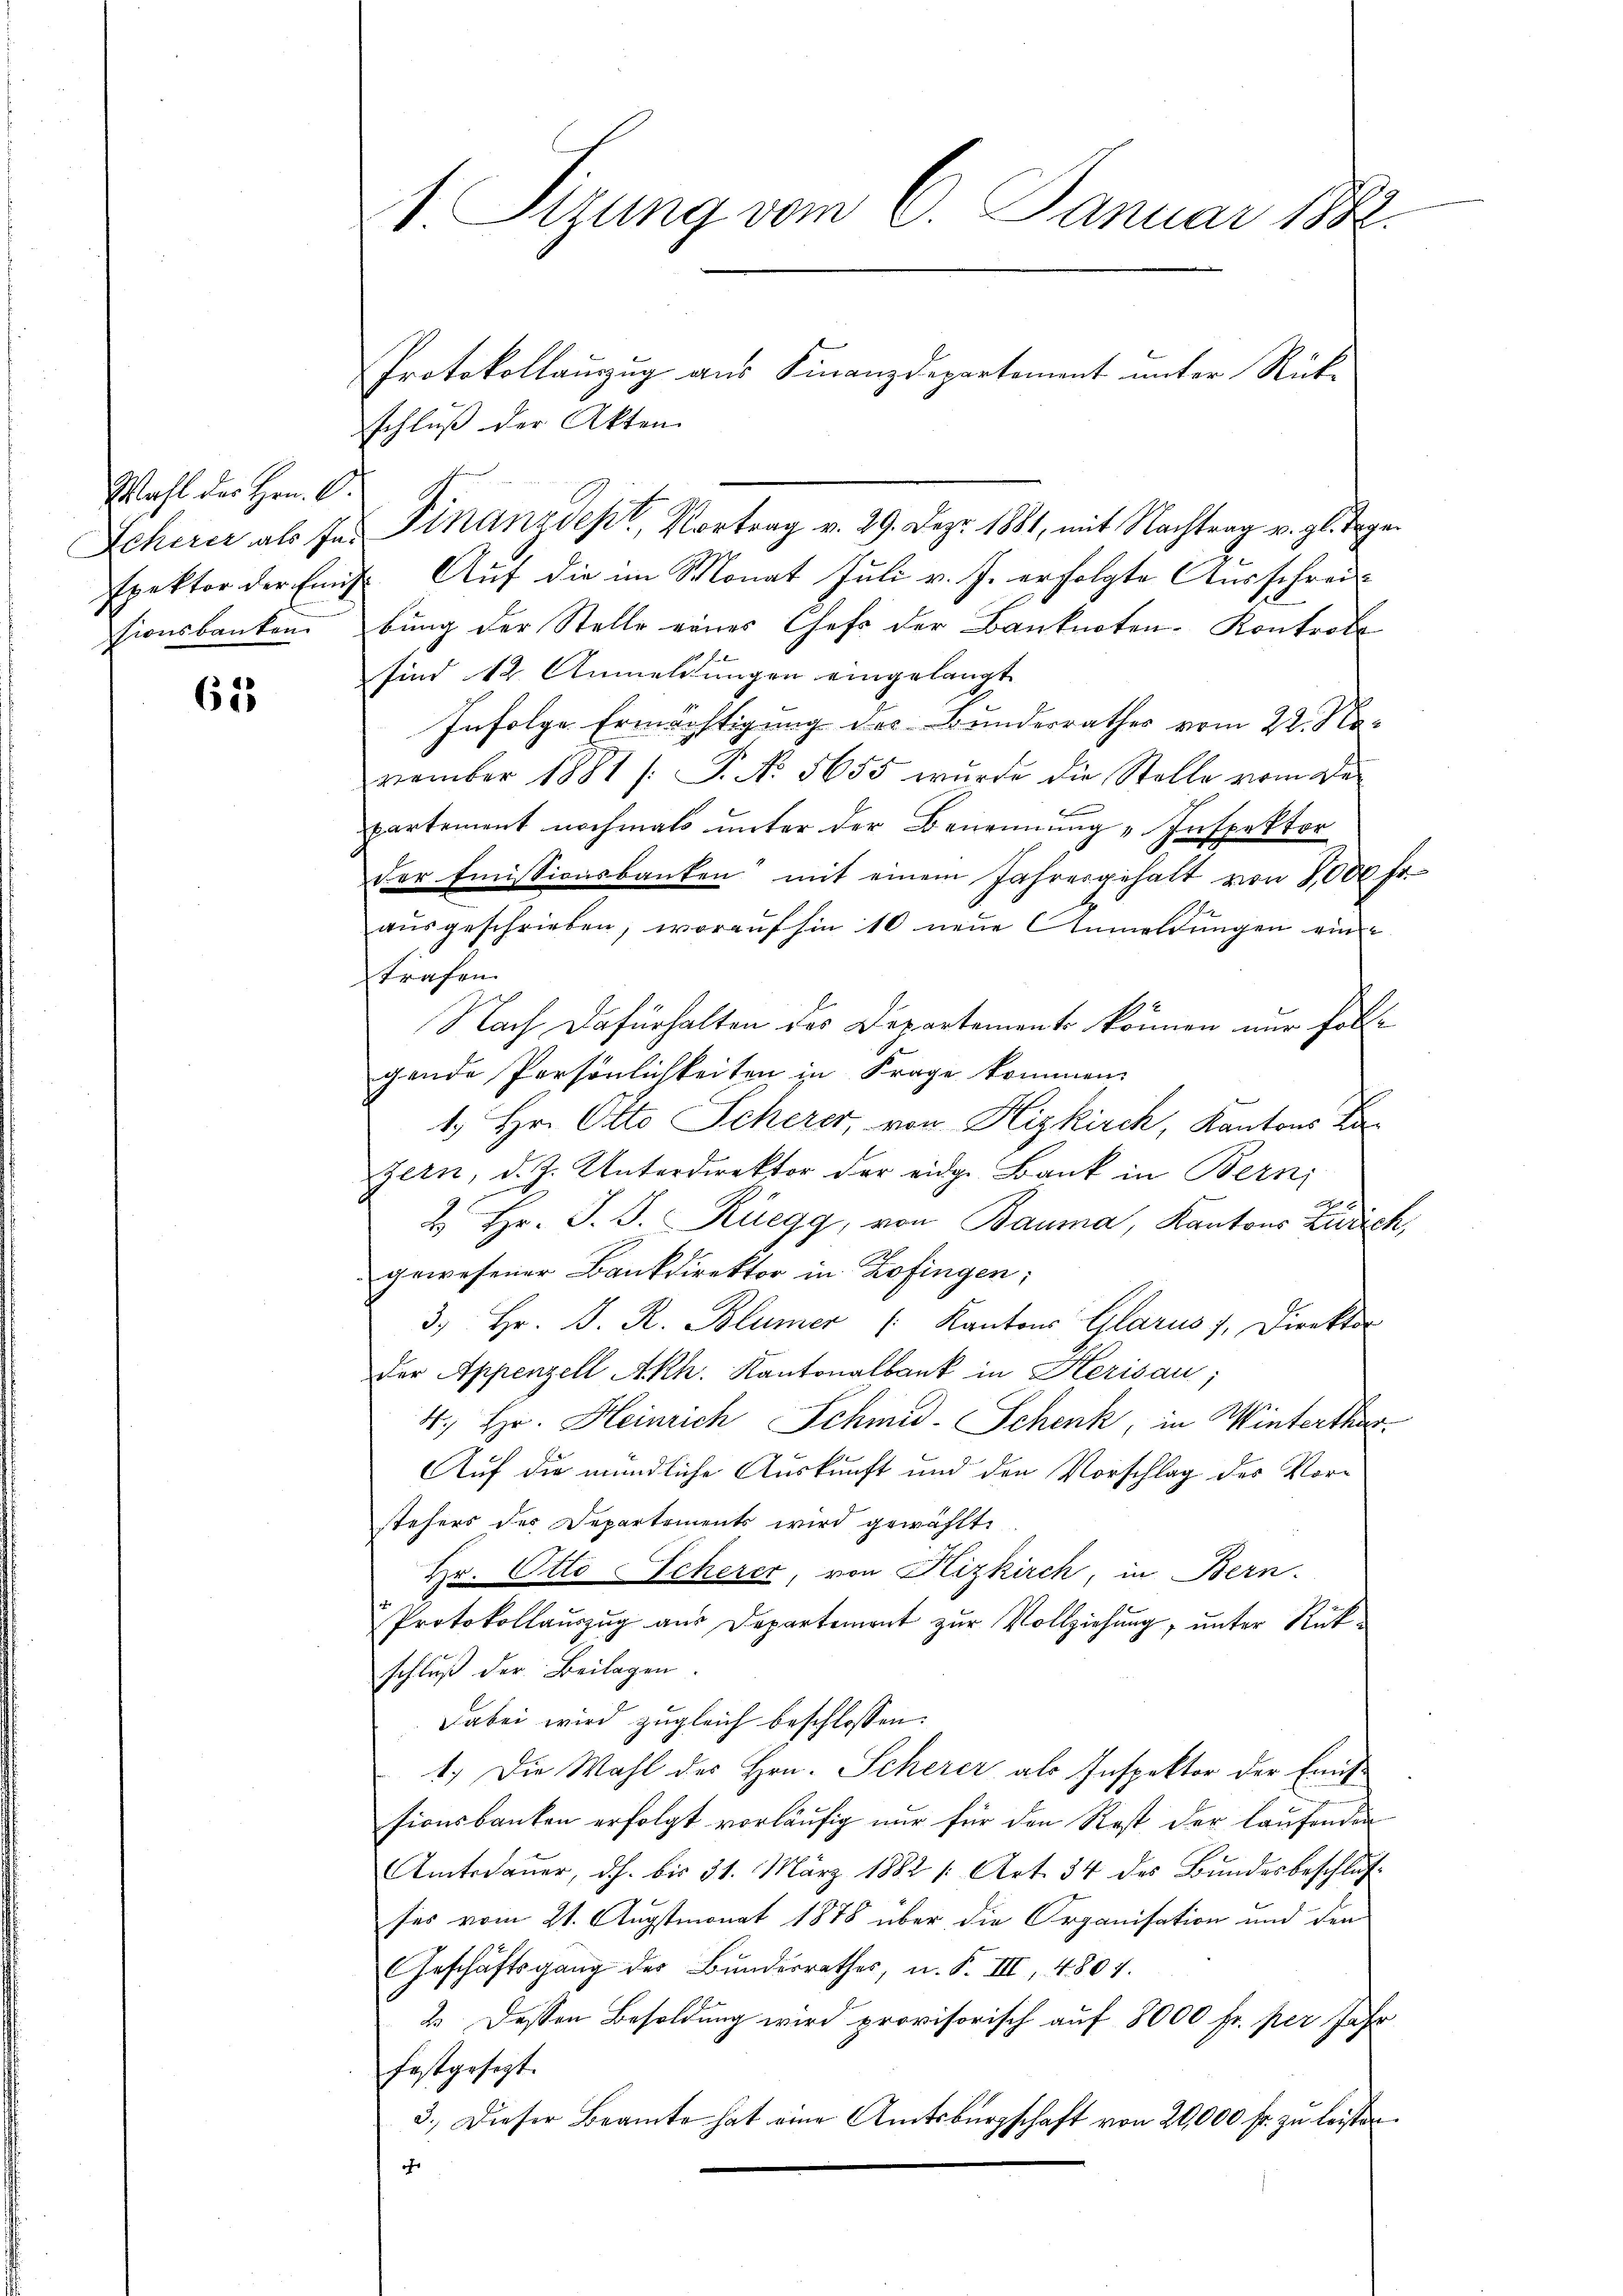
Wahl der Hrn. O.
Scherer als Inspektor der Einig
sionsbanken.

615

1. Sizung vom 6. Januar 188

Protokollauszug aus Finanzdepartement unter Rück-
schluß der Akten
Finanzdept, Vortrag v. 29. Dez. 1881, mit Nachtrag v. gl. Tage
Auf die im Monat Juli v. J. erfolgte Ausschreibung der Stelle eines Chefs der Banknoten-Kontrobe
sind 12. Anmeldungen eingelangt
Infolge Ermächtigung des Bundesrathes vom 22. Na-
vember 1881 /: P. No. 5655 wurde die Stelle vom Bepartement nochmals unter der Benennung "Inspektor
der Emissionsbanken mit einem Jahresgehalt von 8,000 Fr.
ausgeschrieben, worauf hin 10 neue Anmeldungen eine
trafen.
Nach dafürhalten des Departement können nur folgende Persönlichkeiten in Frage kommen.
1. Hr. Otto Scherer, von Hizkirch, Kantons Ba
zern, d. J. Unterdirektor der eidg. Bank in Bern;
2. Hr. J. J. Rüegg, von Bauma, Kantons Zidich,
gewesener Bankdirektor in Zofingen;
3. Hr. P. R. Blümer Kantons Glarus 1, Direktor
der Appenzell Akh. Kantonalbank in Herisau;
4. Hr. Heinrich Schmid. Schenk, in Winterthur¬
Auf die mündliche Auskunft und den Vorschlag des Vorstehers des Departements wird gewählt.
Hr. Otto Scherer, von Hizkirch, in Bern.
Protokollauszug aus Departement zur Vollziehung, unter Rükschluß der Beilagen.
Dabei wird zugleich beschlossen:
1.) Die Wahl des Hrn. Scherer als Inspektor der Haus-
sionsbanken erfolgt vorläufig nur für den Rost der laufenden
Amtsdauer, dh. bis 31. März 1882 1 Art. 34 des Bundesbeschluß
ses vom 21. Augstmonat 1878 über die Organisation und den
Geschäftsgang der Bŭndesrathes, u. F. III 4801.
2. Dessen Besoldung wird provisorisch auf 8000 fr. per Jahr
festgehast.
3.) Dieser Beamte hat eine Amtsbürgschaft von 20,000 fr. zu leisten.
of